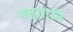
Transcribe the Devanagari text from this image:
बस्तानि